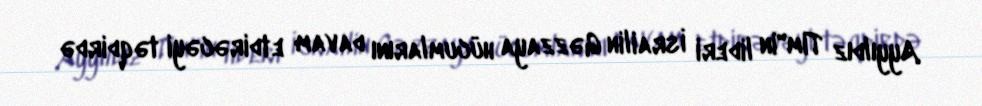
Ayyıldız Tim"in lideri İsrailin Gəzzaya hücumlarını davam etdirəcəyi təqdirdə